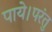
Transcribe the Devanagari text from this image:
पाये।परंतु